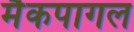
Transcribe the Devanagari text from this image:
मैकपागल